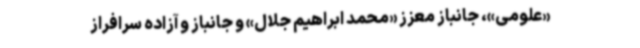
«علومی»، جانباز معزز «محمد ابراهیم جلال» و جانباز و آزاده سرافراز